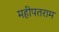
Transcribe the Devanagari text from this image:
महीपतराम